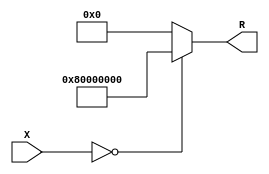
module BitwiseReciprocal #(
    parameter WIDTH = 16, // Input width
    parameter R_WIDTH = 2 * WIDTH // Output width
)(
    input wire [WIDTH-1:0] X, // Input value
    output reg [R_WIDTH-1:0] R // Reciprocal output
);

    // Internal signals
    reg [R_WIDTH-1:0] approx; // Approximation of the reciprocal
    reg [R_WIDTH-1:0] temp; // Temporary variable for calculations
    integer i;

    always @(*) begin
        // Check for zero input
        if (X == 0) begin
            R = {1'b1, {R_WIDTH-1{1'b0}}}; // Define as infinity (or a specific error value)
        end else begin
            // Initial guess for the reciprocal
            approx = {1'b0, {R_WIDTH-1{1'b1}}} / X; // Initial guess: 1/X

            // Iterative refinement using Newton-Raphson method
            for (i = 0; i < 5; i = i + 1) begin
                temp = approx;
                approx = approx * (2**R_WIDTH - X * approx) >> R_WIDTH; // Update approximation
            end

            // Normalize the result
            R = approx;
        end
    end

endmodule